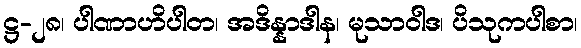
ဋ္ဌ-၂၈၊ ပါဏာဟိပါတ၊ အဒိန္နာဒါန၊ မုသာဝါဒ၊ ပိသုကပါစာ၊